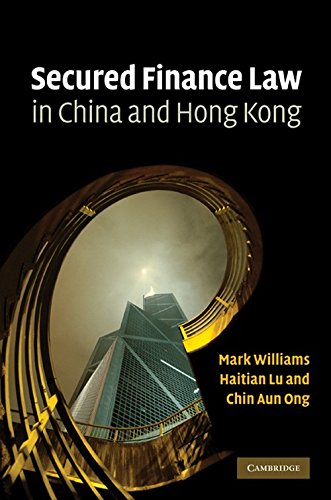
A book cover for Secured Finance Law in China and Hong Kong; Mark Williams; Law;